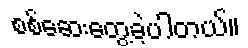
စစ်ဆေးတွေ့ခဲ့ပါတယ်။